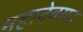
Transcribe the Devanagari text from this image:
महादेवगड